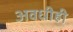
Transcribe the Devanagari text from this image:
अवधीही